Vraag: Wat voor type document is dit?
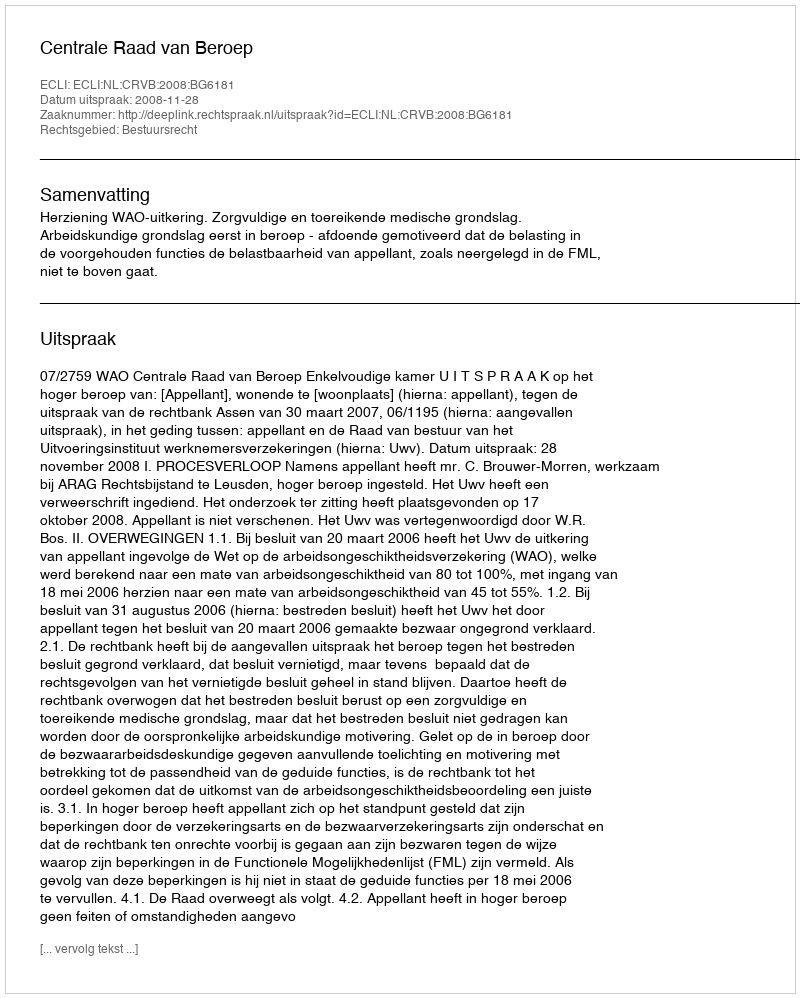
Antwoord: Uitspraak